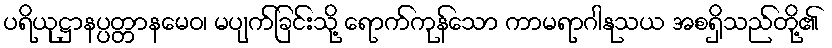
ပရိယုဋ္ဌာနပ္ပတ္တာနမေဝ၊ မပျက်ခြင်းသို့ ရောက်ကုန်သော ကာမရာဂါနုသယ အစရှိသည်တို့၏